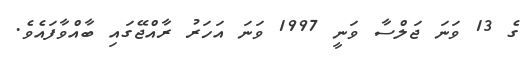
ގެ 13 ވަނަ ޖަލްސާ ވަނީ 1997 ވަނަ އަހަރު ރާއްޖޭގައި ބާއްވާފައެވެ.